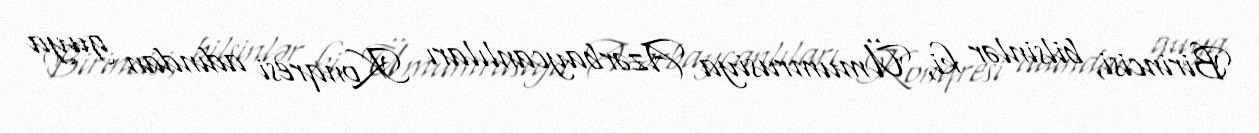
Birincisi, bilsinlər ki, Ümumrusiya Azərbaycanlıları Konqresi adından guya